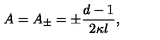
A = A _ { \pm } = \pm \frac { d - 1 } { 2 \kappa l } ,